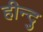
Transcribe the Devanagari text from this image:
हीन्दु